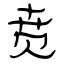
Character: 贲